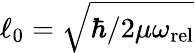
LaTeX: \ell_{0}=\sqrt{\hbar/2\mu\omega_{\mathrm{rel}}}